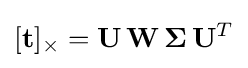
[\mathbf {t} ]_{\times }=\mathbf {U} \,\mathbf {W} \,\mathbf {\Sigma } \,\mathbf {U} ^{T}